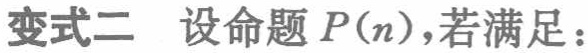
变式二 设命题 \(P(n)\)，若满足：